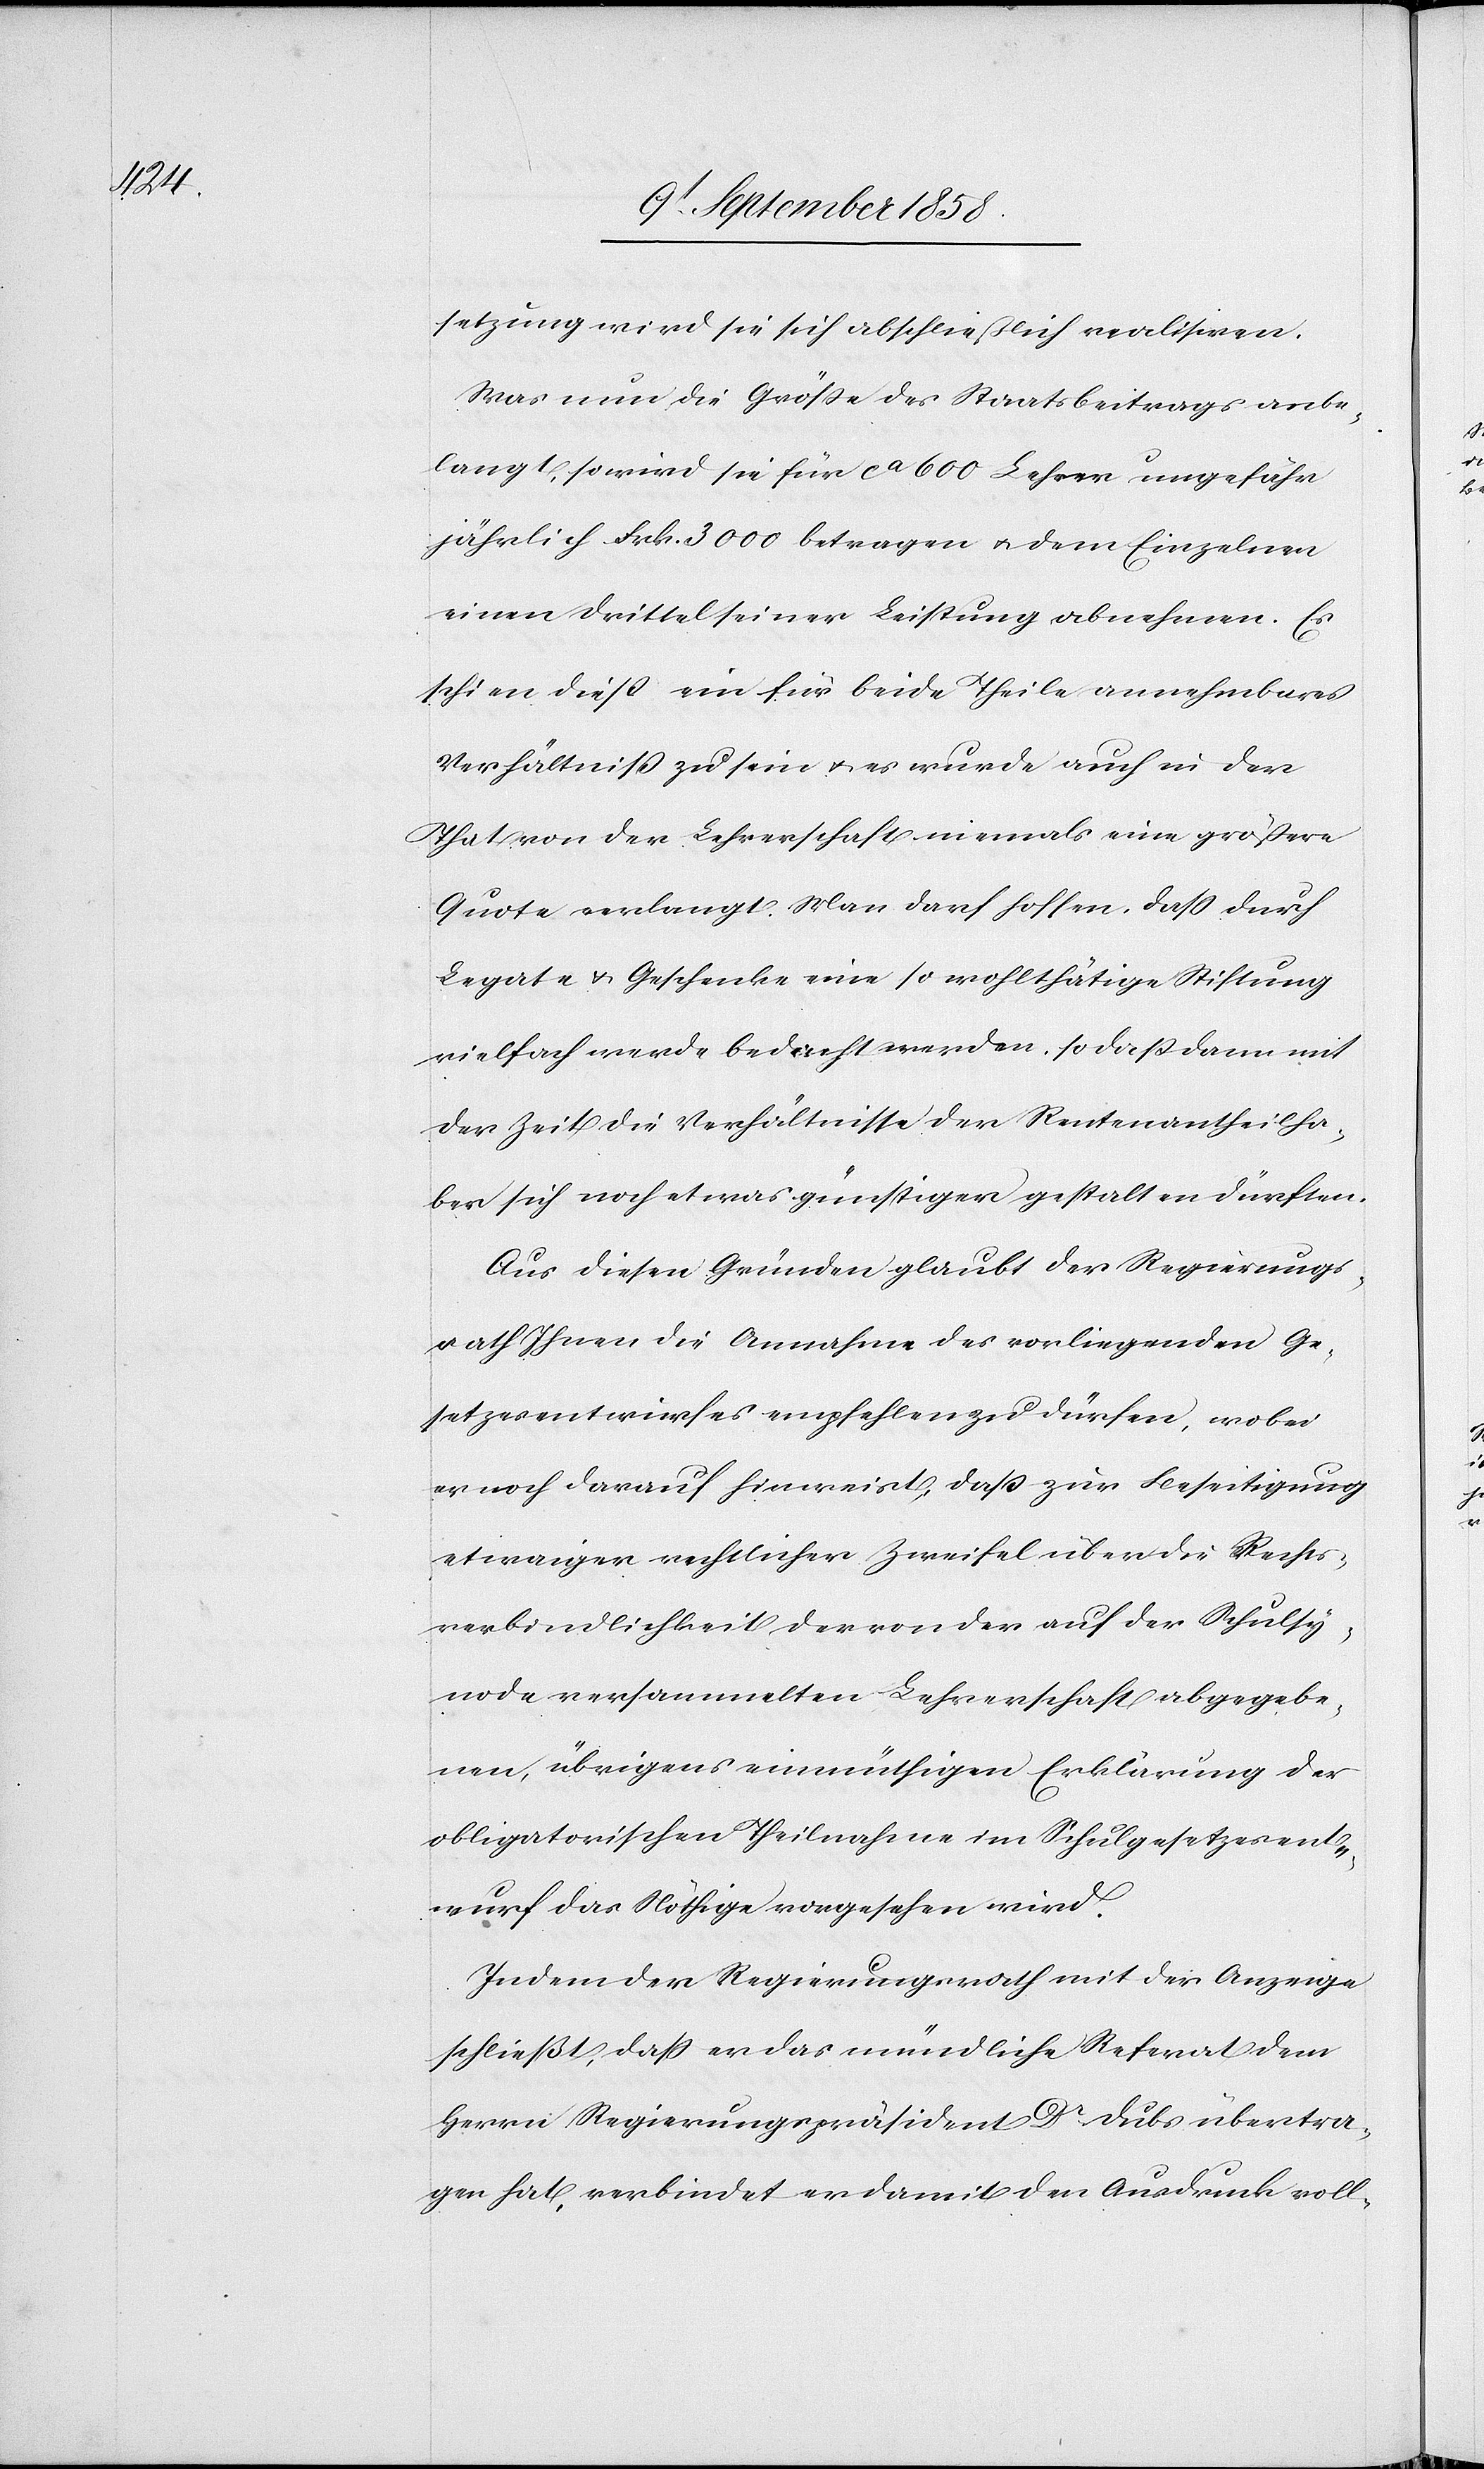
setzung wird sie sich abschließlich realisiren.
Was nun die Größe des Staatsbeitrags anbe¬
langt, so wird sie für ca 600 Lehrer ungefähr
jährlich Frk. 3000 betragen & dem Einzelnen
einen Drittel seiner Leistung abnehmen. Es
schien dieß ein für beide Theile annehmbares
Verhältniß zu sein & es wurde auch in der
That von der Lehrerschaft niemals eine größere
Quote verlangt. Man darf hoffen, dass durch
Legate & Geschenke eine so wohlthätige Stiftung
vielfach werde bedacht werden, so daß dann mit
der Zeit die Verhältnisse der Rentenantheilha¬
ber sich noch etwas günstiger gestalten dürften.
Aus diesen Gründen glaubt der Regierungs¬
rath Ihnen die Annahme des vorliegenden Ge¬
setzesentwurfes empfehlen zu dürfen, wobei
er noch darauf hinweist, daß zur Beseitigung
etwaiger rechtlicher Zweifel über die Rechts¬
verbindlichkeit der von der auf der Schulsy¬
node versammelten Lehrerschaft abgegebe¬
nen, übrigens einmüthigen Erklärung der
obligatorischen Theilnahme im Schulgesetzesent¬
wurf das Nöthige vorgesehen wird.
Indem der Regierungsrath mit der Anzeige
schließt, daß er das mündliche Referat dem
Herrn Regierungspräsident Dr Dubs übertra¬
gen hat, verbindet er damit den Ausdruck voll-